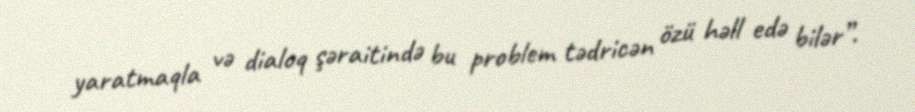
yaratmaqla və dialoq şəraitində bu problem tədricən özü həll edə bilər”.